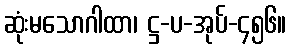
ဆုံးမသောဂါထာ၊ ဋ္ဌ-ပ-အုပ်-၄၅၆။